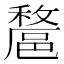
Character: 𨝟